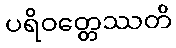
ပရိဝတ္တေဿတိ